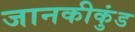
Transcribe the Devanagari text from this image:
जानकीकुंड